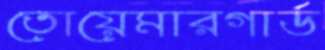
তোয়েমারগার্ড